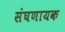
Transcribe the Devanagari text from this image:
संघणायक